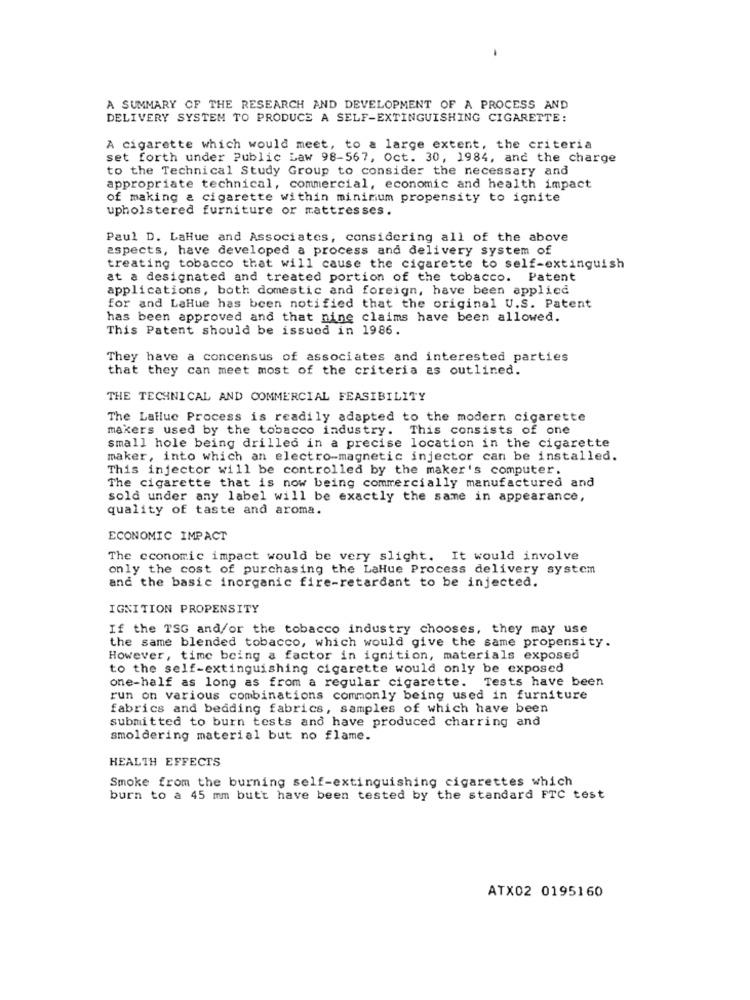
A SUMMARY OF THE RESEARCH AND DEVELOPMENT OF A PROCESS AND
DELIVERY SYSTEM TO PRODUCE A SELF-EXTINGUISHING CIGARETTE:
A cigarette which would meet, to a large extent, the criteria
set forth under Public Law 98-567, Oct. 30, 1984, and the charge
to the Technical Study Group to consider the necessary and
appropriate technical, commercial, economic and health impact
of making & cigarette within minimum propensity to ignite
upholstered furniture or mattresses.
Paul D. LaHue and Associates, considering all of the above
aspects, have developed a process and delivery system of
treating tobacco that will cause the cigarette to self-extinguish
at a designated and treated portion of the tobacco. Patent
applications, both domestic and foreign, have been applied
for and LaHue has been notified that the original U.S. Patent
has been approved and that nine claims have been allowed.
This Patent should be issued in 1986.
They have a concensus of associates and interested parties
that they can meet most of the criteria as outlined.
THE TECHNICAL AND COMMERCIAL FEASIBILITY
The Lalluc Process is readily adapted to the modern cigarette
makers used by the tobacco industry. This consists of one
small hole being drilled in a precise location in the cigarette
maker, into which an electro-magnetic injector can be installed.
This injector will be controlled by the maker's computer.
The cigarette that is now being commercially manufactured and
sold under any label will be exactly the same in appearance,
quality of taste and aroma.
ECONOMIC IMPACT
The economic impact would be very slight. It would involve
only the cost of purchasing the LaHue Process delivery system
and the basic inorganic fire-retardant to be injected.
IGNITION PROPENSITY
If the TSG and/or the tobacco industry chooses, they may use
the same blended tobacco, which would give the same propensity.
However, time being a factor in ignition, materials exposed
to the self-extinguishing cigarette would only be exposed
one-half as long as from a regular cigarette. Tests have been
run on various combinations commonly being used in furniture
fabrics and bedding fabrics, samples of which have been
submitted to burn tests and have produced charring and
smoldering material but no flame.
HEALTH EFFECTS
Smoke from the burning self-extinguishing cigarettes which
burn to a 45 mm butt have been tested by the standard FTC test
ATX02 0195160